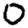
Digit: 0